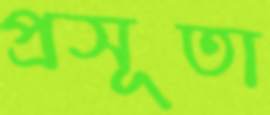
প্রসূতা